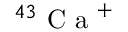
^ { 4 3 } \mathrm { ~ C ~ a ~ } ^ { + }